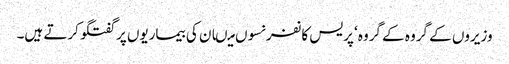
وزیروں کے گروہ کے گروہ‘ پریس کانفرنسوں میںان کی بیماریوں پر گفتگو کرتے ہیں۔